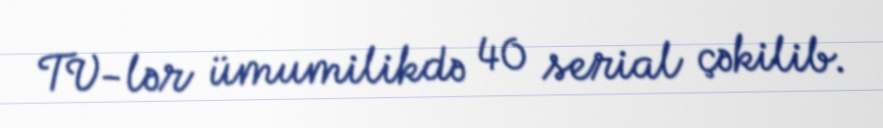
TV-lər ümumilikdə 40 serial çəkilib.